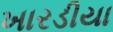
ખારડીયા